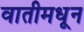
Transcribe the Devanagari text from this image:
वातीमधून